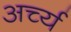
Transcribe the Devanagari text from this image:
अर्च्य